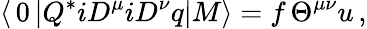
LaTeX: \langle\, 0\, |Q^{*}iD^{\mu}iD^{\nu}q|M\rangle=f\, \Theta^{\mu\nu}u\, ,